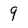
Character: 9